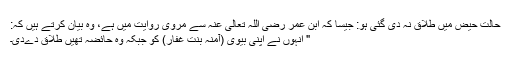
حالت حیض میں طلاق نہ دی گئی ہو: جیسا کہ ابن عمر رضی اللہ تعالیٰ عنہ سے مروی روایت میں ہے، وہ بیان کرتے ہیں کہ:
" انہوں نے اپنی بیوی (آمنہ بنت غفار) کو جبکہ وہ حائضہ تھیں طلاق دےدی۔